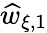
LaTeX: \widehat{w}_{\xi,1}